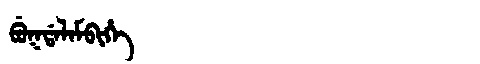
Manchu: ᠪᡠᡴᡩᠠᠯᠠᠮᠪᡳᡥᡝ
Romanization: BUKDALAMBIHE